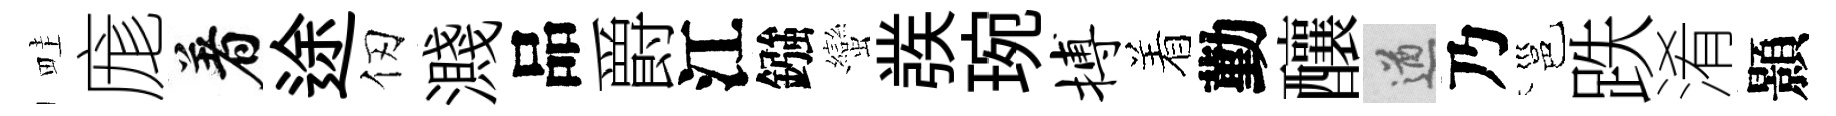
畦庬着途仞濺品爵江鏹蠻彂琬搏着勤釀遒乃邕跌淆顥